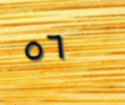
٥٦